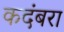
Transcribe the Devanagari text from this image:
कदंबरा